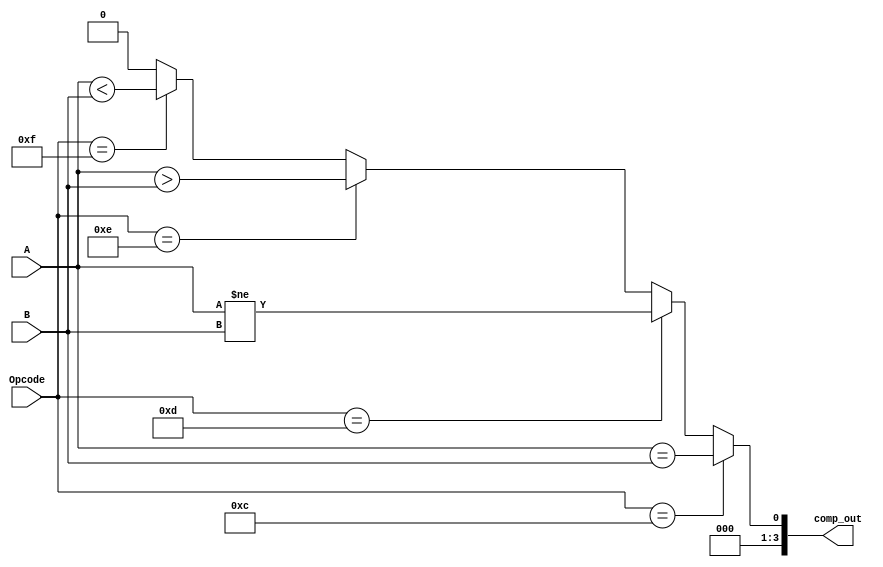
`timescale 1ns / 1ps
//////////////////////////////////////////////////////////////////////////////////
// Company: 
// Engineer: 
// 
// Design Name: 
// Module Name:    comparator 
// Project Name: 
// Target Devices: 
// Tool versions: 
// Description: 
//
// Dependencies: 
//
// Revision: 
// Revision 0.01 - File Created
// Additional Comments: 
//
//////////////////////////////////////////////////////////////////////////////////
module Comparator(comp_out, A, B, Opcode);

	input [3:0] A, B, Opcode;
	output [3:0] comp_out;
	wire AeB, AnB, AgB, AlB;
	
	assign AeB = (A == B);
	assign AnB = (A != B);
	
	assign comp_out = (Opcode == 4'b1100) ? {3'b000, AeB}
						 : (Opcode == 4'b1101) ? {3'b000, AnB}
						 : (Opcode == 4'b1110) ? {3'b000, ($signed(A) > $signed(B))}
						 : (Opcode == 4'b1111) ? {3'b000, ($signed(A) < $signed(B))}
						 : 4'b0000;
	
endmodule